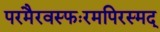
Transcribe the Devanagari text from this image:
परमैरवस्फःरमपिरस्मद्